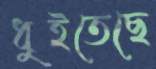
ধুইতেছে